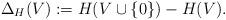
LaTeX: \begin{align*}\Delta_H (V):= H(V\cup \{0\})-H(V). \end{align*}